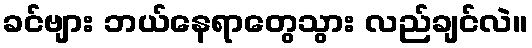
ခင်ဗျား ဘယ်နေရာတွေသွား လည်ချင်လဲ။